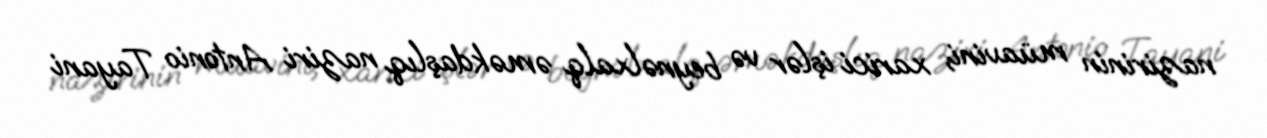
nazirinin müavini, xarici işlər və beynəlxalq əməkdaşlıq naziri Antonio Tayani